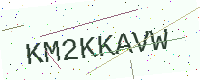
Text: KM2KKAVW